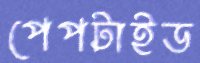
পেপটাইড